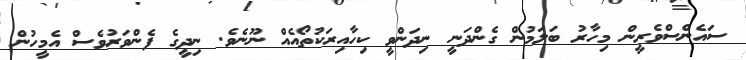
ސައެންސްވެރީން މިހާރު ބަލަމުން ގެންދަނީ ނިދަންވީ ކިހާއިރަކުތޯއެއް ނޫނެވެ. ނިދީގެ ފެންވަރުވެސް އެމީހުން